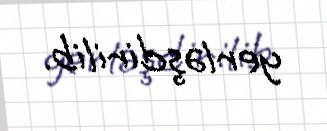
yerləşdirilib.